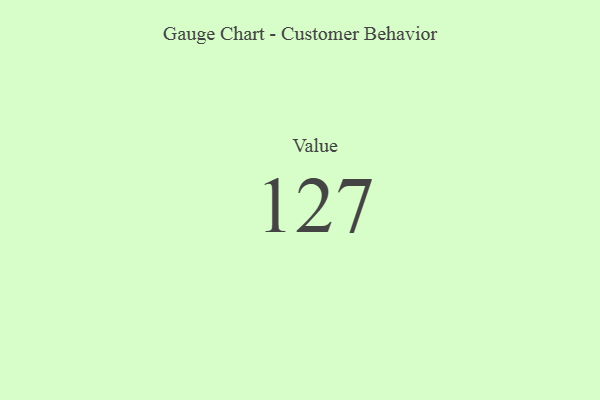
{"axis": {"x": "Metric", "y": "Value"}, "legend": [""], "data": [{"x": "Value", "y": 127, "type": ""}]}